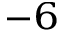
^ { - 6 }